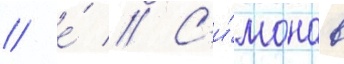
/ е́ // С'и́монов